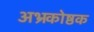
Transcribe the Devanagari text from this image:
अभ्रकोष्ठक